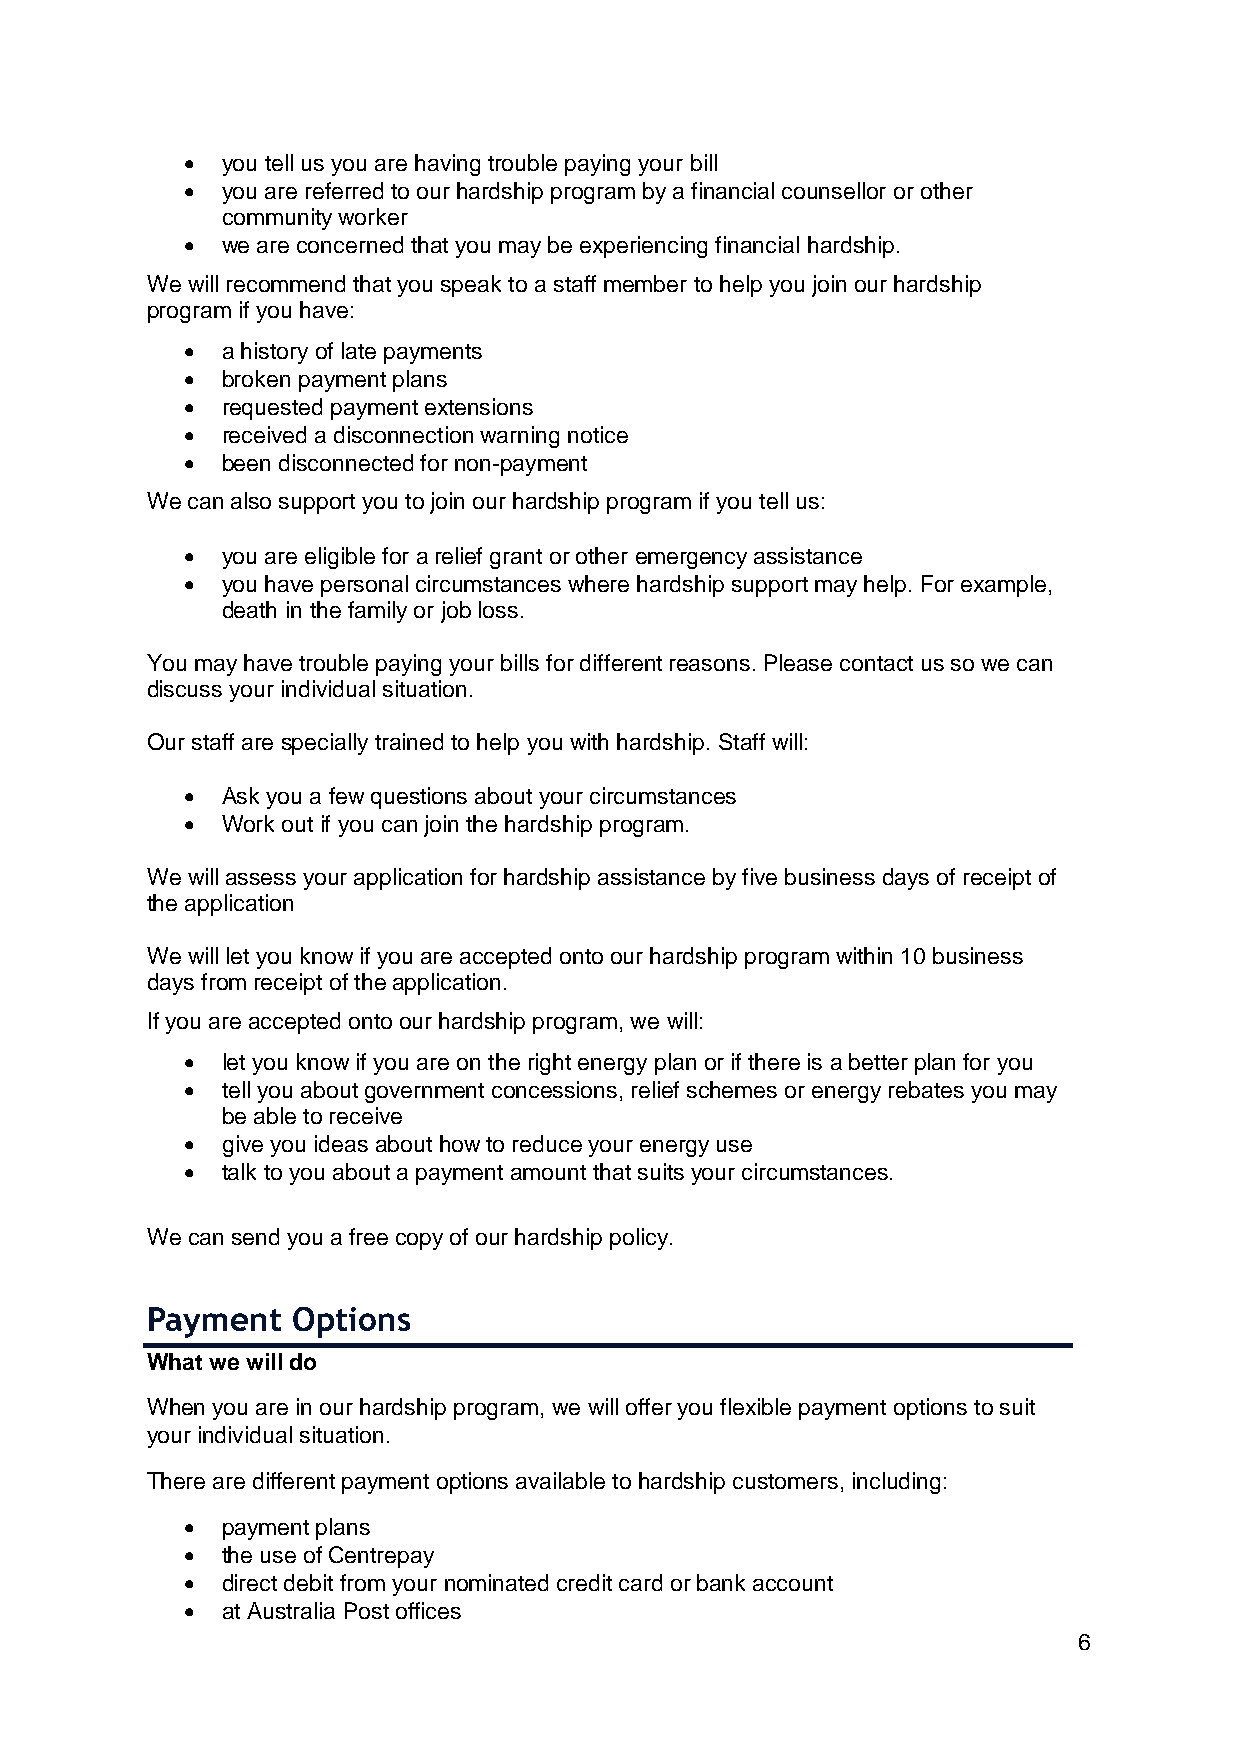
•  you tell us you are having trouble paying your bill
 •  you are referred to our hardship program by a financial counsellor or other
 community worker
 •  we are concerned that you may be experiencing financial hardship.
 We will recommend that you speak to a staff member to help you join our hardship
 program if you have:
 •  a history of late payments
 •  broken payment plans
 •  requested payment extensions
 •  received a disconnection warning notice
 •  been disconnected for non-payment
 We can also support you to join our hardship program if you tell us:
 •  you are eligible for a relief grant or other emergency assistance
 •  you have personal circumstances where hardship support may help. For example,
 death in the family or job loss.
 You may have trouble paying your bills for different reasons. Please contact us so we can
 discuss your individual situation.
 Our staff are specially trained to help you with hardship. Staff will:
 •  Ask you a few questions about your circumstances
 •  Work out if you can join the hardship program.
 We will assess your application for hardship assistance by five business days of receipt of
 the application
 We will let you know if you are accepted onto our hardship program within 10 business
 days from receipt of the application.
 If you are accepted onto our hardship program, we will:
 •  let you know if you are on the right energy plan or if there is a better plan for you
 •  tell you about government concessions, relief schemes or energy rebates you may
 be able to receive
 •  give you ideas about how to reduce your energy use
 •  talk to you about a payment amount that suits your circumstances.
 We can send you a free copy of our hardship policy.
 Payment  Options
 What we will do
 When you are in our hardship program, we will offer you flexible payment options to suit
 your individual situation.
 There are different payment options available to hardship customers, including:
 •  payment plans
 •  the use of Centrepay
 •  direct debit from your nominated credit card or bank account
 •  at Australia Post offices
 6